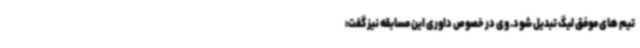
تیم های موفق لیگ تبدیل شود. وی در خصوص داوری این مسابقه نیز گفت: